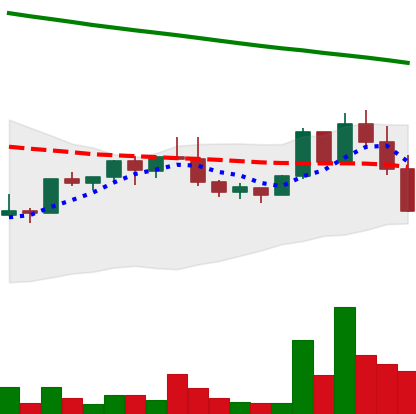
Ticker: NEO-USD
Chart end date: 2022-02-21
Forward return: 4.011%
Label: up_3_5